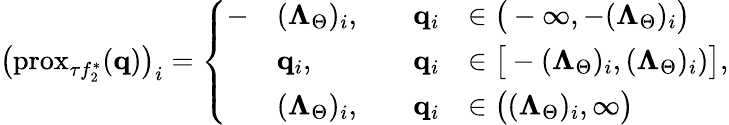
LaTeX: \big(\mathrm{prox}_{\tau f_{2}^{\ast}}(\mathbf{q})\big)_{i}=\left\{ \begin{array}{rlrl}{-}&{(\boldsymbol{\Lambda}_{\Theta})_{i},\quad}&{\mathbf{q}_{i}}&{\in\big(-\infty,-(\boldsymbol{\Lambda}_{\Theta})_{i}\big)}\\ &{\mathbf{q}_{i},\quad}&{\mathbf{q}_{i}}&{\in\big[-(\boldsymbol{\Lambda}_{\Theta})_{i},(\boldsymbol{\Lambda}_{\Theta})_{i})\big]}\\ &{(\boldsymbol{\Lambda}_{\Theta})_{i},}&{\mathbf{q}_{i}}&{\in\big((\boldsymbol{\Lambda}_{\Theta})_{i},\infty\big)}\end{array}\right.,